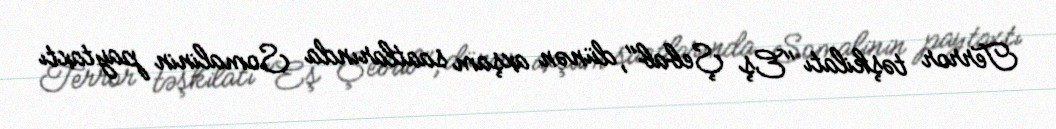
Terror təşkilatı "Eş Şebab", dünən axşam saatlarında Somalinin paytaxtı